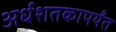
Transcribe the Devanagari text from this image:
अर्धशतकापर्यंत